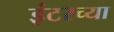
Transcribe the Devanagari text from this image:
इंटरच्या